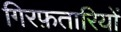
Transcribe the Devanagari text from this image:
गिरफ़तारियों